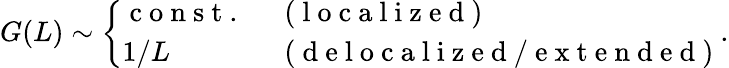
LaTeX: G(L)\sim\left\{ \begin{array}{ll}{\mathrm{~c~o~n~s~t~.~}}&{\mathrm{~(~l~o~c~a~l~i~z~e~d~)~}}\\ {1/L}&{\mathrm{~(~d~e~l~o~c~a~l~i~z~e~d~/~e~x~t~e~n~d~e~d~)~}}\end{array}\right..